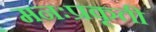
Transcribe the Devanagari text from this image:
मनःप्रकृती